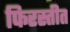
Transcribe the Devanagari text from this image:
फिरस्तीत